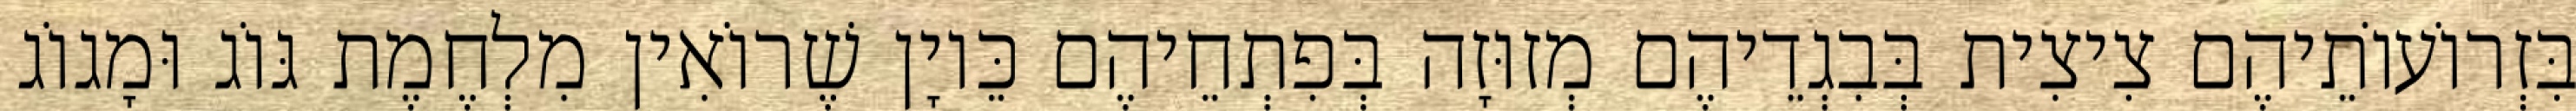
בִּזְרוֹעוֹתֵיהֶם צִיצִית בְּבִגְדֵיהֶם מְזוּזָה בְּפִתְחֵיהֶם כֵּיוָן שֶׁרוֹאִין מִלְחֶמֶת גּוֹג וּמָגוֹג